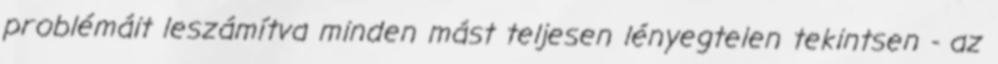
problémáit leszámítva minden mást teljesen lényegtelen tekintsen - az